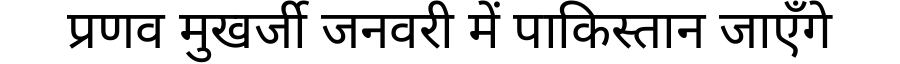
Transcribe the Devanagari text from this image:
प्रणव मुखर्जी जनवरी में पाकिस्तान जाएँगे